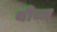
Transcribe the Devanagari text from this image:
थीव्ज